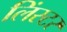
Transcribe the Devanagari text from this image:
लिंस्टर